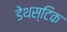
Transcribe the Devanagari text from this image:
डेथस्टिक